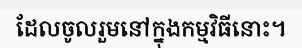
ដែលចូលរួមនៅក្នុងកម្មវិធីនោះ។